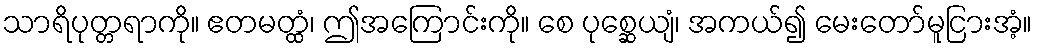
သာရိပုတ္တရာကို။ ဧတမတ္ထံ၊ ဤအကြောင်းကို။ စေ ပုစ္ဆေယျံ၊ အကယ်၍ မေးတော်မူငြားအံ့။